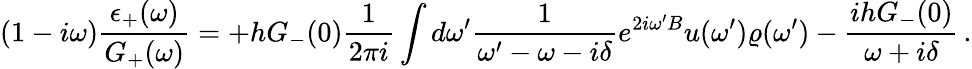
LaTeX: (1-i\omega)\frac{\epsilon_{+}(\omega)}{G_{+}(\omega)}=+hG_{-}(0)\frac{1}{2\pi i}\int d\omega^{\prime}\frac{1}{\omega^{\prime}-\omega-i\delta}e^{2i\omega^{\prime}B}u(\omega^{\prime})\varrho(\omega^{\prime})-\frac{ihG_{-}(0)}{\omega+i\delta}\, .